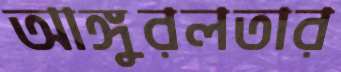
আঙ্গুরলতার